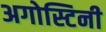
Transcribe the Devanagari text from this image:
अगोस्टिनी